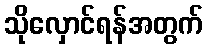
သိုလှောင်ရန်အတွက်